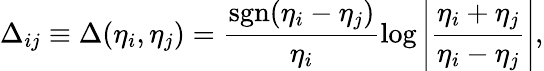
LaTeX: \Delta_{ij}\equiv\Delta(\eta_{i},\eta_{j})=\frac{\mathrm{sgn}(\eta_{i}-\eta_{j})}{\eta_{i}}\log\left|\frac{\eta_{i}+\eta_{j}}{\eta_{i}-\eta_{j}}\right|,